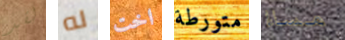
لقد له اخت متورطة مساءا